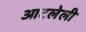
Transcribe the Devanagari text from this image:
आटलेली